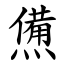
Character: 㷶